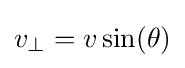
v_{\perp }=v\sin(\theta )